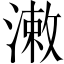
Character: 潄